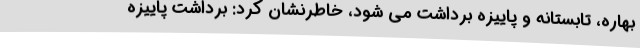
بهاره، تابستانه و پاییزه برداشت می شود، خاطرنشان کرد: برداشت پاییزه